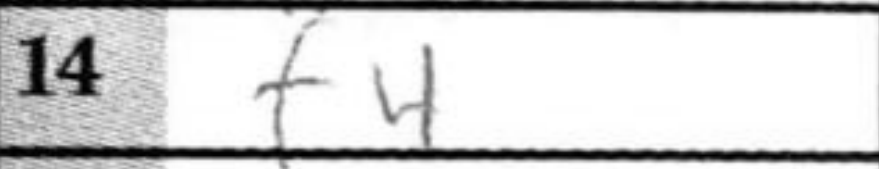
Transcription: f4